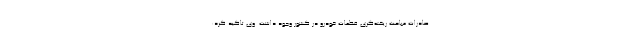
صادرات مباحث ریخته‌گری قطعات خودرو در کشور وجود داشت. وی تاکید کرد: